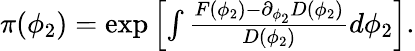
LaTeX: \begin{array}{r}{\pi(\phi_{2})=\exp\left[\int\frac{F(\phi_{2})-\partial_{\phi_{2}}D(\phi_{2})}{D(\phi_{2})}d\phi_{2}\right].}\end{array}